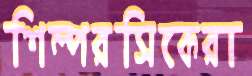
শিল্পরসিকেরা